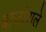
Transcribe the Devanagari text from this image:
बाजांवाले